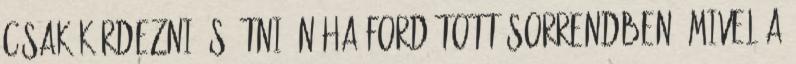
csak kérdezni és ütni. Néha fordított sorrendben. Mivel a